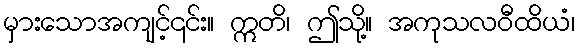
မှားသောအကျင့်၎င်း။ ဣတိ၊ ဤသို့။ အကုသလဝီထိယံ၊